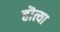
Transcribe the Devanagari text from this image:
हॊत्या